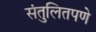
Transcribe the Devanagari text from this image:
संतुलितपणे